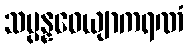
သမ္ပန္နဝေယျာကရဏံ